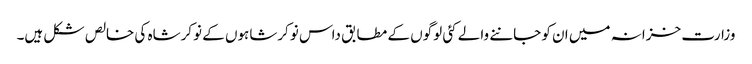
وزارت خزانہ میں ان کو جاننے والے کئی لوگوں کے مطابق داس نوکرشاہوں کے نوکرشاہ کی خالص شکل ہیں۔